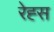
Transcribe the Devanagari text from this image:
रेह्स